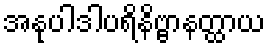
အနုပါဒါပရိနိဗ္ဗာနတ္ထာယ